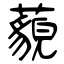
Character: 藐